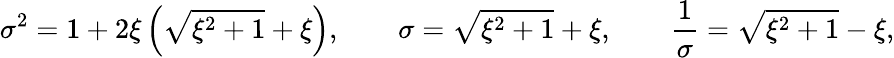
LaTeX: \sigma^{2}=1+2\xi\left(\sqrt{\xi^{2}+1}+\xi\right),\qquad\sigma=\sqrt{\xi^{2}+1}+\xi,\qquad\frac{1}{\sigma}=\sqrt{\xi^{2}+1}-\xi,